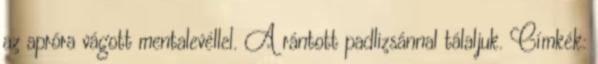
az apróra vágott mentalevéllel. A rántott padlizsánnal tálaljuk. Címkék: